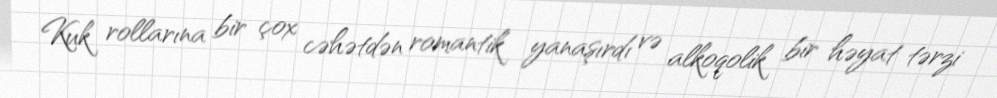
Kuk rollarına bir çox cəhətdən romantik yanaşırdı və alkoqolik bir həyat tərzi